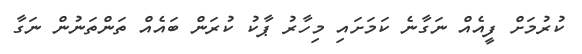
ކުރުމަށް ފީއެއް ނަގާނެ ކަމަށައި މިހާރު ޕާކު ކުރަން ބައެއް ތަންތަނުން ނަގާ